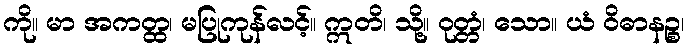
ကို။ မာ အကတ္ထ၊ မပြုကုန်လင့်။ ဣတိ၊ သို့။ ဝုတ္တံ၊ သော။ ယံ ဝိဓာနဉ္စ၊